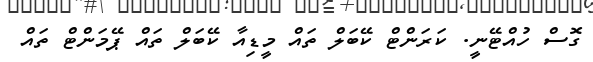
ގޮސް ހުއްޓޭނީ. ކަރަންޓް ކޭބަލް ތައް މީޑިއާ ކޭބަލް ތައް ޕޭމަންޓް ތައް